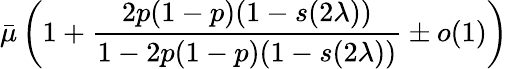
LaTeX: \bar{\mu}\left(1+\frac{2p(1-p)(1-{s(2\lambda)})}{1-2p(1-p)(1-{s(2\lambda)})}\pm o(1)\right)